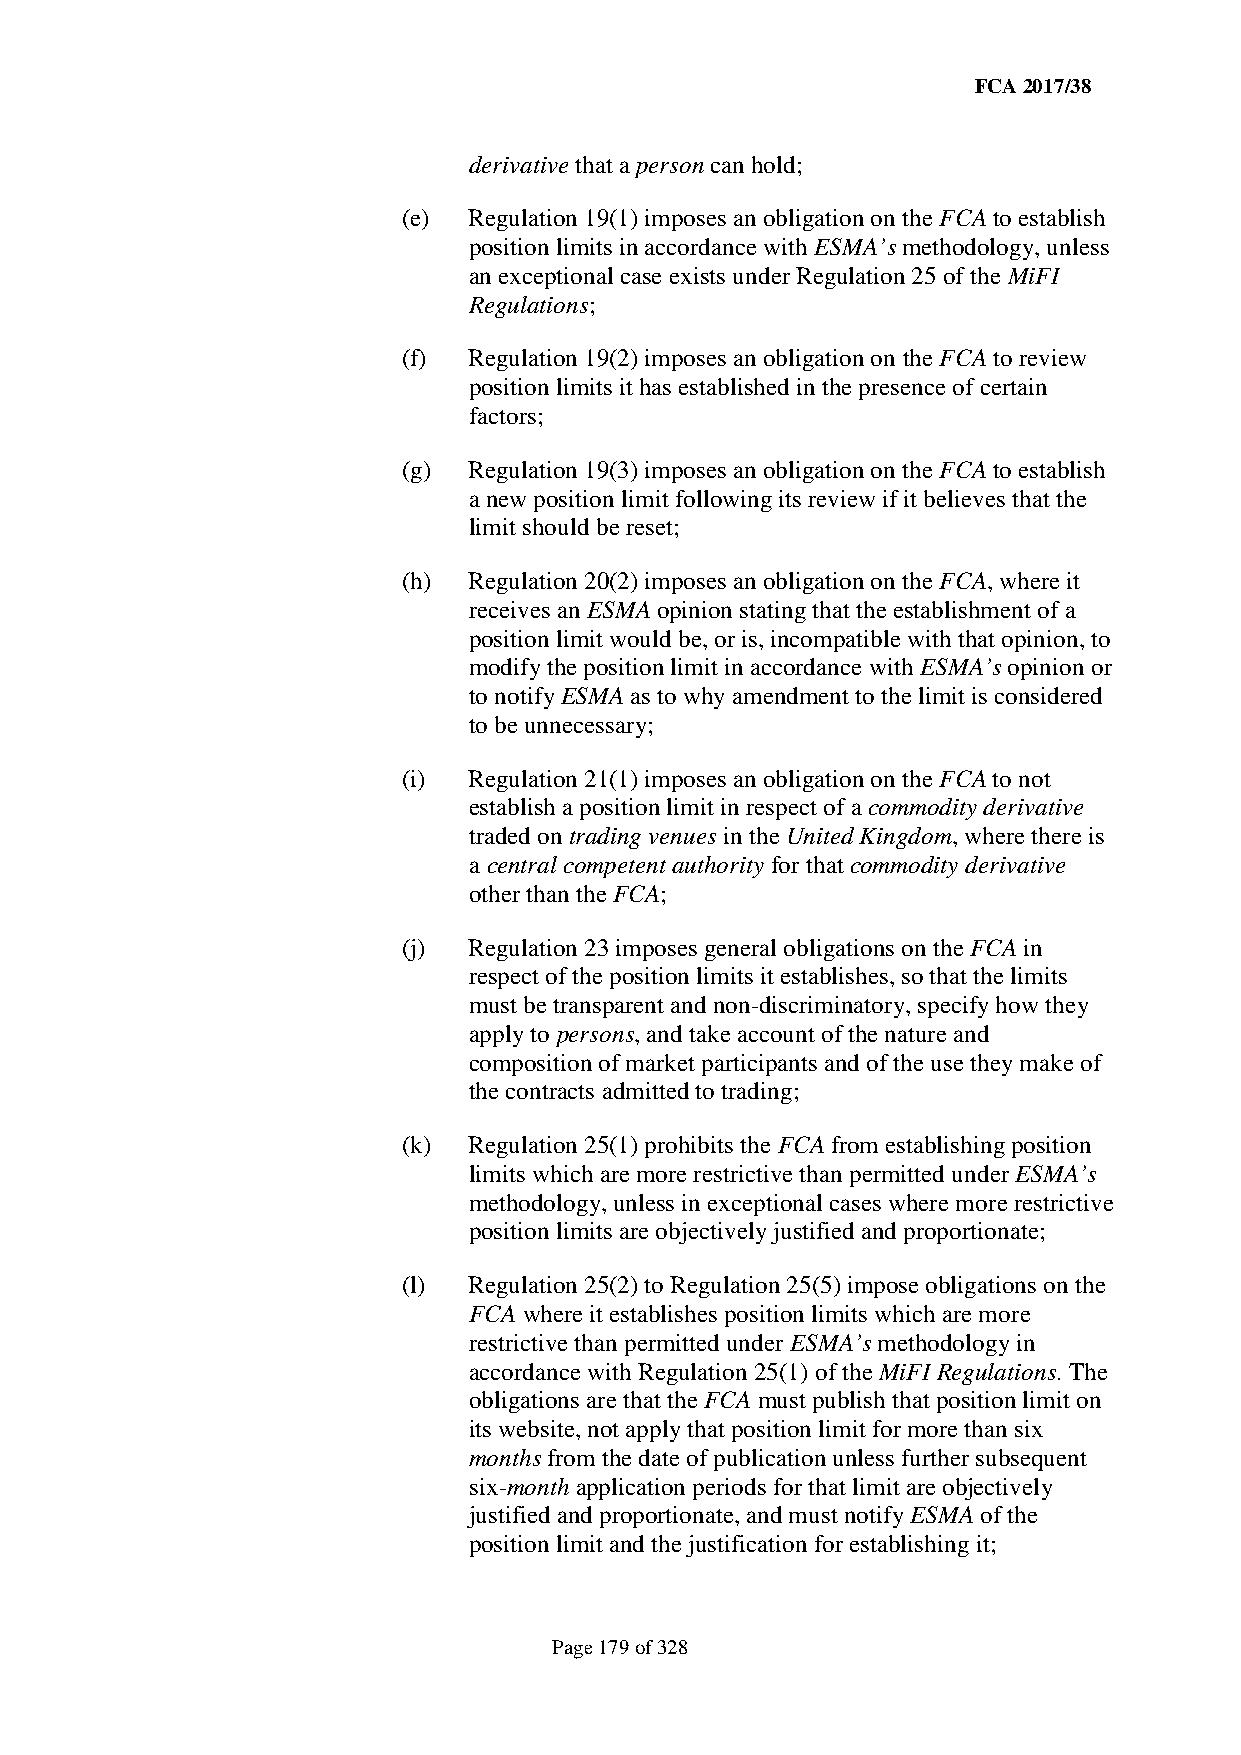
FCA 2017/38
 derivative that a person can hold;
 (e) Regulation 19(1) imposes an obligation on the FCA to establish
 position limits in accordance with ESMA’s methodology, unless
 an exceptional case exists under Regulation 25 of the MiFI
 Regulations;
 (f) Regulation 19(2) imposes an obligation on the FCA to review
 position limits it has established in the presence of certain
 factors;
 (g) Regulation 19(3) imposes an obligation on the FCA to establish
 a new position limit following its review if it believes that the
 limit should be reset;
 (h) Regulation 20(2) imposes an obligation on the FCA, where it
 receives an ESMA opinion stating that the establishment of a
 position limit would be, or is, incompatible with that opinion, to
 modify the position limit in accordance with ESMA’s opinion or
 to notify ESMA as to why amendment to the limit is considered
 to be unnecessary;
 (i) Regulation 21(1) imposes an obligation on the FCA to not
 establish a position limit in respect of a commodity derivative
 traded on trading venues in the United Kingdom, where there is
 a central competent authority for that commodity derivative
 other than the FCA;
 (j) Regulation 23 imposes general obligations on the FCA in
 respect of the position limits it establishes, so that the limits
 must be transparent and non-discriminatory, specify how they
 apply to persons, and take account of the nature and
 composition of market participants and of the use they make of
 the contracts admitted to trading;
 (k) Regulation 25(1) prohibits the FCA from establishing position
 limits which are more restrictive than permitted under ESMA’s
 methodology, unless in exceptional cases where more restrictive
 position limits are objectively justified and proportionate;
 (l) Regulation 25(2) to Regulation 25(5) impose obligations on the
 FCA where it establishes position limits which are more
 restrictive than permitted under ESMA’s methodology in
 accordance with Regulation 25(1) of the MiFI Regulations. The
 obligations are that the FCA must publish that position limit on
 its website, not apply that position limit for more than six
 months from the date of publication unless further subsequent
 six-month application periods for that limit are objectively
 justified and proportionate, and must notify ESMA of the
 position limit and the justification for establishing it;
 Page 179 of 328